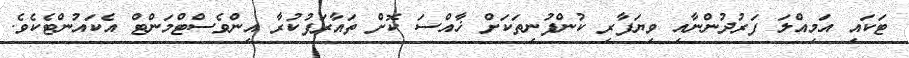
ޓަކައި އަމިއްލަ ފަރުދުންނާއި ވިޔަފާރި ކުންފުނިތަކަށް ޚާއްސަ ކޮށް ތައާރަފުކުރާ އިންވެސްޓްމަންޓް އެކައުންޓެކެވެ.